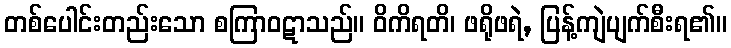
တစ်ပေါင်းတည်းသော စကြာဝဋာသည်။ ဝိကိရတိ၊ ဖရိုဖရဲ, ပြန့်ကျဲပျက်စီးရ၏။